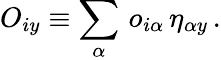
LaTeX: O_{iy}\equiv\sum_{\alpha}\, o_{i\alpha}\, \eta_{\alpha y}\, .